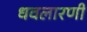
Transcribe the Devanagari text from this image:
धवलारणी